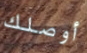
أوصلك